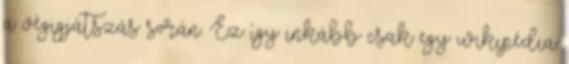
a végigjátszás során. Ez így inkább csak egy wikipédia